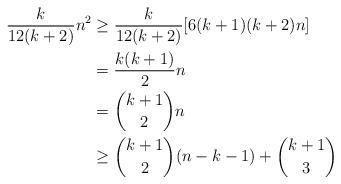
LaTeX: \begin{align*}\begin{aligned}\frac{k}{12(k+2)}n^2&\geq\frac{k}{12(k+2)} [6(k+1)(k+2) n] \\&= \frac{k(k+1)}{2} n \\ &= \binom{k+1}{2}n \\&\geq \binom{k+1}{2}(n-k - 1) + \binom{k+1}{3}\end{aligned}\end{align*}